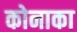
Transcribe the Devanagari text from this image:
कोनाका